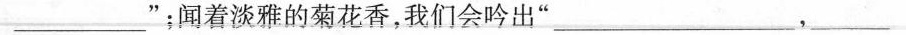
___”；闻着淡雅的菊花香，我们会吟出”___ ,___